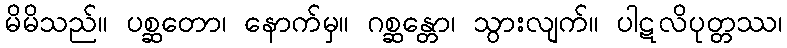
မိမိသည်။ ပစ္ဆတော၊ နောက်မှ။ ဂစ္ဆန္တော၊ သွားလျက်။ ပါဋလိပုတ္တဿ၊